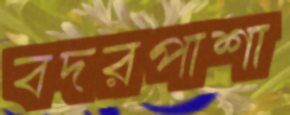
বদরপাশা